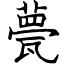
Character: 甍